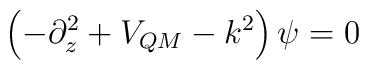
\left( -\partial_z^2 + V_{QM} - k^2\right) \psi = 0